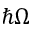
\hbar \Omega